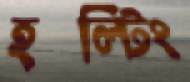
হল্টিং